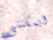
ايمكننى